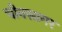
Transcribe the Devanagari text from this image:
चीनसागर